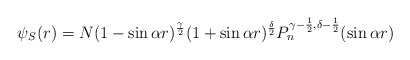
\begin{align*}\psi_S(r)=N(1-\sin{\alpha r})^\frac{\gamma}{2}(1+\sin{\alpha r})^\frac{\delta}{2}P_n^{\gamma-\frac{1}{2},\delta-\frac{1}{2}}(\sin{\alpha r})\end{align*}